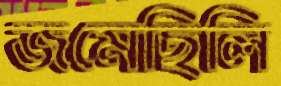
জমেছিলি